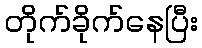
တိုက်ခိုက်နေပြီး